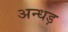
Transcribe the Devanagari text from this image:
अन्धड़